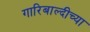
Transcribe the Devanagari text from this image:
गारिबाल्दीच्या